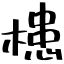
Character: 槵